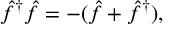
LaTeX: \hat { f } ^ { \dagger } \hat { f } = - ( \hat { f } + \hat { f } ^ { \dagger } ) ,